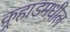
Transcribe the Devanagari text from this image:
कर्‍हाडमधील